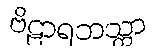
ဗိဠာရဘသ္တာ